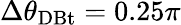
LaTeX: \Delta\theta_{\mathrm{DBt}}=0.25\pi